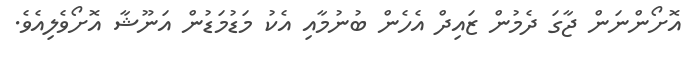
އޮށޯންނަން ޖާގަ ދެމުން ޒައިދް އެހެން ބުނުމާއި އެކު މަޑުމަޑުން އަނޫޝާ އޮށޯވެލިއެވެ.